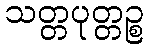
သတ္တပုတ္တဉ္စ